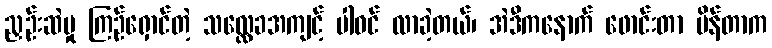
ညှဉ်းဆဲမှု ကြဉ်ရှောင်တဲ့ သလ္လေခအကျင့် ပါဝင် လာခဲ့တယ်၊ အဲဒီကနောက် ဖောင်းတာ ပိန်တာက